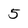
Character: 5